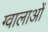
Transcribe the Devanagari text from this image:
ग्वालाओं